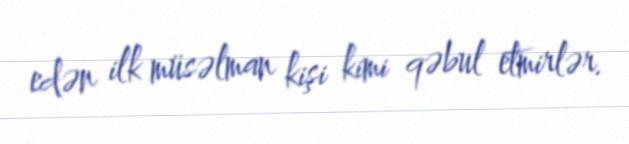
edən ilk müsəlman kişi kimi qəbul etmirlər.